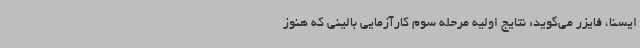
ایسنا، فایزر می‌گوید: نتایج اولیه مرحله سوم کارآزمایی بالینی که هنوز